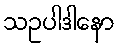
သဥပါဒါနော